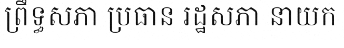
ព្រឹទ្ធសភា ប្រធាន រដ្ឋសភា នាយក